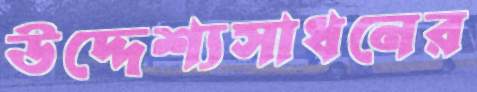
উদ্দেশ্যসাধনের